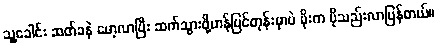
သူ့ခေါင်း ဆတ်ခနဲ မော့လာပြီး ဆက်သွားဖို့ဟန်ပြင်တုန်းမှာပဲ မိုးက ပိုသည်းလာပြန်တယ်။